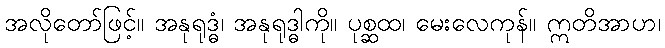
အလိုတော်ဖြင့်။ အနုရုဒ္ဓံ၊ အနုရုဒ္ဓါကို။ ပုစ္ဆထ၊ မေးလေကုန်။ ဣတိအာဟ၊